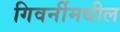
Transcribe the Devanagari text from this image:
गिवर्नीमधील